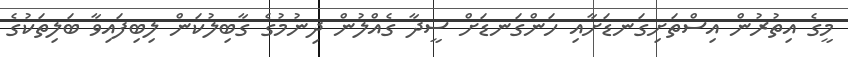
މީގެ އިތުރުން އިސްތަށިގަނޑަށާއި ހަންގަނޑަށް ސީދާ ގެއްލުން ދިނުމުގެ ގާބިލުކަން ލިބިފައިވާ ބަލިތަކުގެ